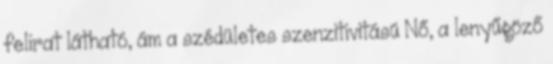
felirat látható, ám a szédületes szenzitivitású Nő, a lenyűgöző